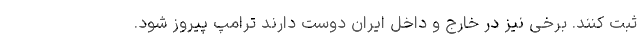
ثبت کنند. برخی نیز در خارج و داخل ایران دوست دارند ترامپ پیروز شود.